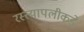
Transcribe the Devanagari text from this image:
रस्त्यापलीकडे